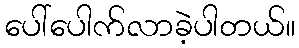
ပေါ်ပေါက်လာခဲ့ပါတယ်။